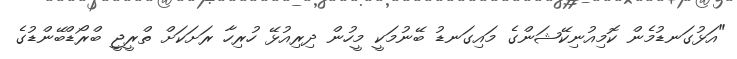
"އަޅުގަނޑުމެން ކޮމިއުނިކޭޝަންގެ މައިގަނޑު ބޭނުމަކީ މީހުން ދިރިއުޅޭ ހުރިހާ ރަށަކަށް ތްރީޖީ ބްރޯޑްބޭންޑުގެ